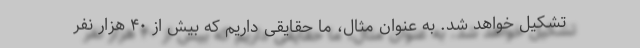
تشکیل خواهد شد. به عنوان مثال، ما حقایقی داریم که بیش از ۴۰ هزار نفر